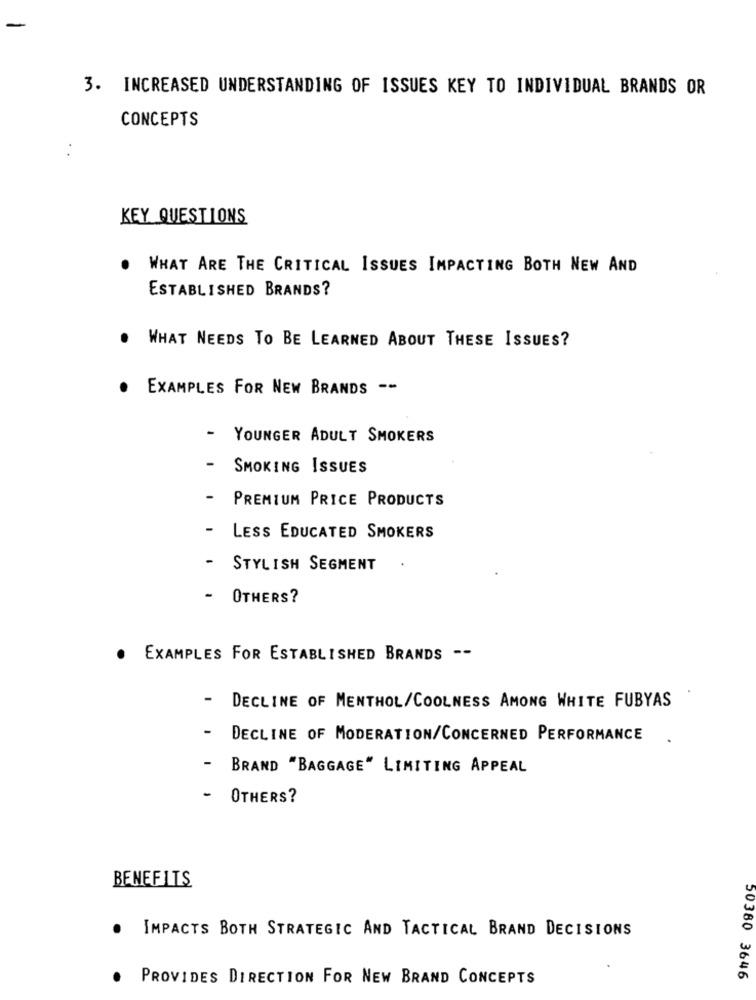
3. INCREASED UNDERSTANDING OF ISSUES KEY TO INDIVIDUAL BRANDS OR
CONCEPTS
KEY QUESTIONS
.
WHAT ARE THE CRITICAL ISSUES IMPACTING BOTH NEW AND
ESTABLISHED BRANDS?
. WHAT NEEDS TO BE LEARNED ABOUT THESE ISSUES?
· EXAMPLES FOR NEW BRANDS --
YOUNGER ADULT SMOKERS
- SMOKING ISSUES
PREMIUM PRICE PRODUCTS
LESS EDUCATED SMOKERS
STYLISH SEGMENT
OTHERS?
EXAMPLES FOR ESTABLISHED BRANDS --
-
DECLINE OF MENTHOL/COOLNESS AMONG WHITE FUBYAS
DECLINE OF MODERATION/CONCERNED PERFORMANCE
BRAND "BAGGAGE" LIMITING APPEAL
OTHERS?
BENEFITS
. IMPACTS BOTH STRATEGIC AND TACTICAL BRAND DECISIONS
.
PROVIDES DIRECTION FOR NEW BRAND CONCEPTS
50380 3646